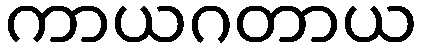
ကာယဂတာယ